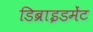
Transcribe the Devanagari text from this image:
डिब्राइडमेंट